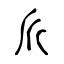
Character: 𠂢